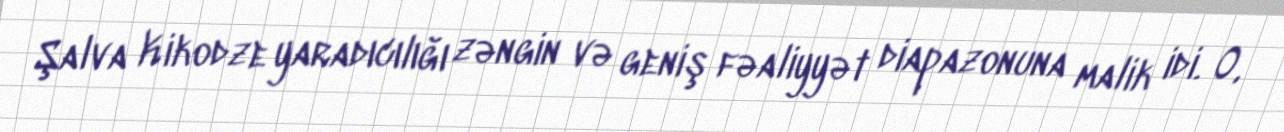
Şalva Kikodze yaradıcılığı zəngin və geniş fəaliyyət diapazonuna malik idi. O,